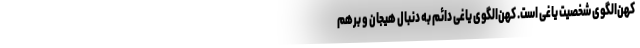
کهن‌الگوی شخصیت یاغی است. کهن‌الگوی یاغی دائم به دنبال هیجان و برهم